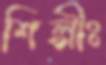
শিল্পীঃ